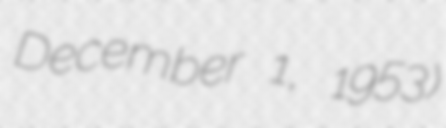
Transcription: December 1, 1953)